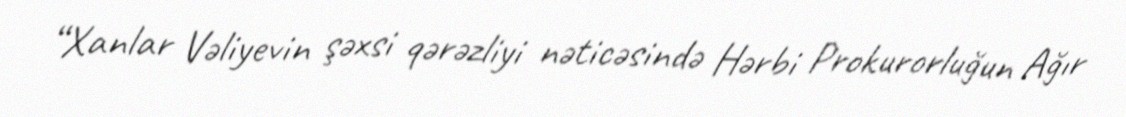
“Xanlar Vəliyevin şəxsi qərəzliyi nəticəsində Hərbi Prokurorluğun Ağır